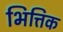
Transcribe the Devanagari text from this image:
भित्तिक